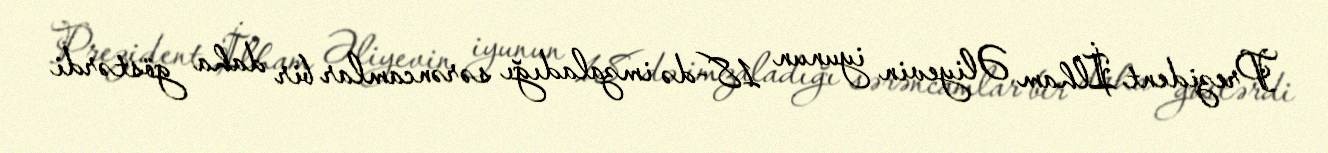
Prezident İlham Əliyevin iyunun 18-də imzaladığı sərəncamlar bir daha göstərdi